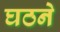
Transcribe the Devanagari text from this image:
घठने